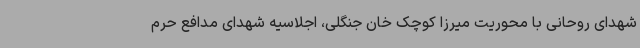
شهدای روحانی با محوریت میرزا کوچک خان جنگلی، اجلاسیه شهدای مدافع حرم